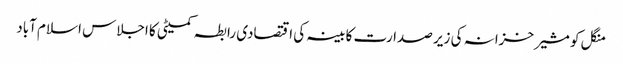
منگل کو مشیر خزانہ کی زیر صدارت کابینہ کی اقتصادی رابطہ کمیٹی کا اجلاس اسلام آباد